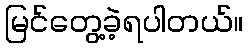
မြင်တွေ့ခဲ့ရပါတယ်။